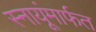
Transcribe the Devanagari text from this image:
स्नायूंमार्फत